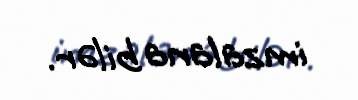
imzalana bilər.